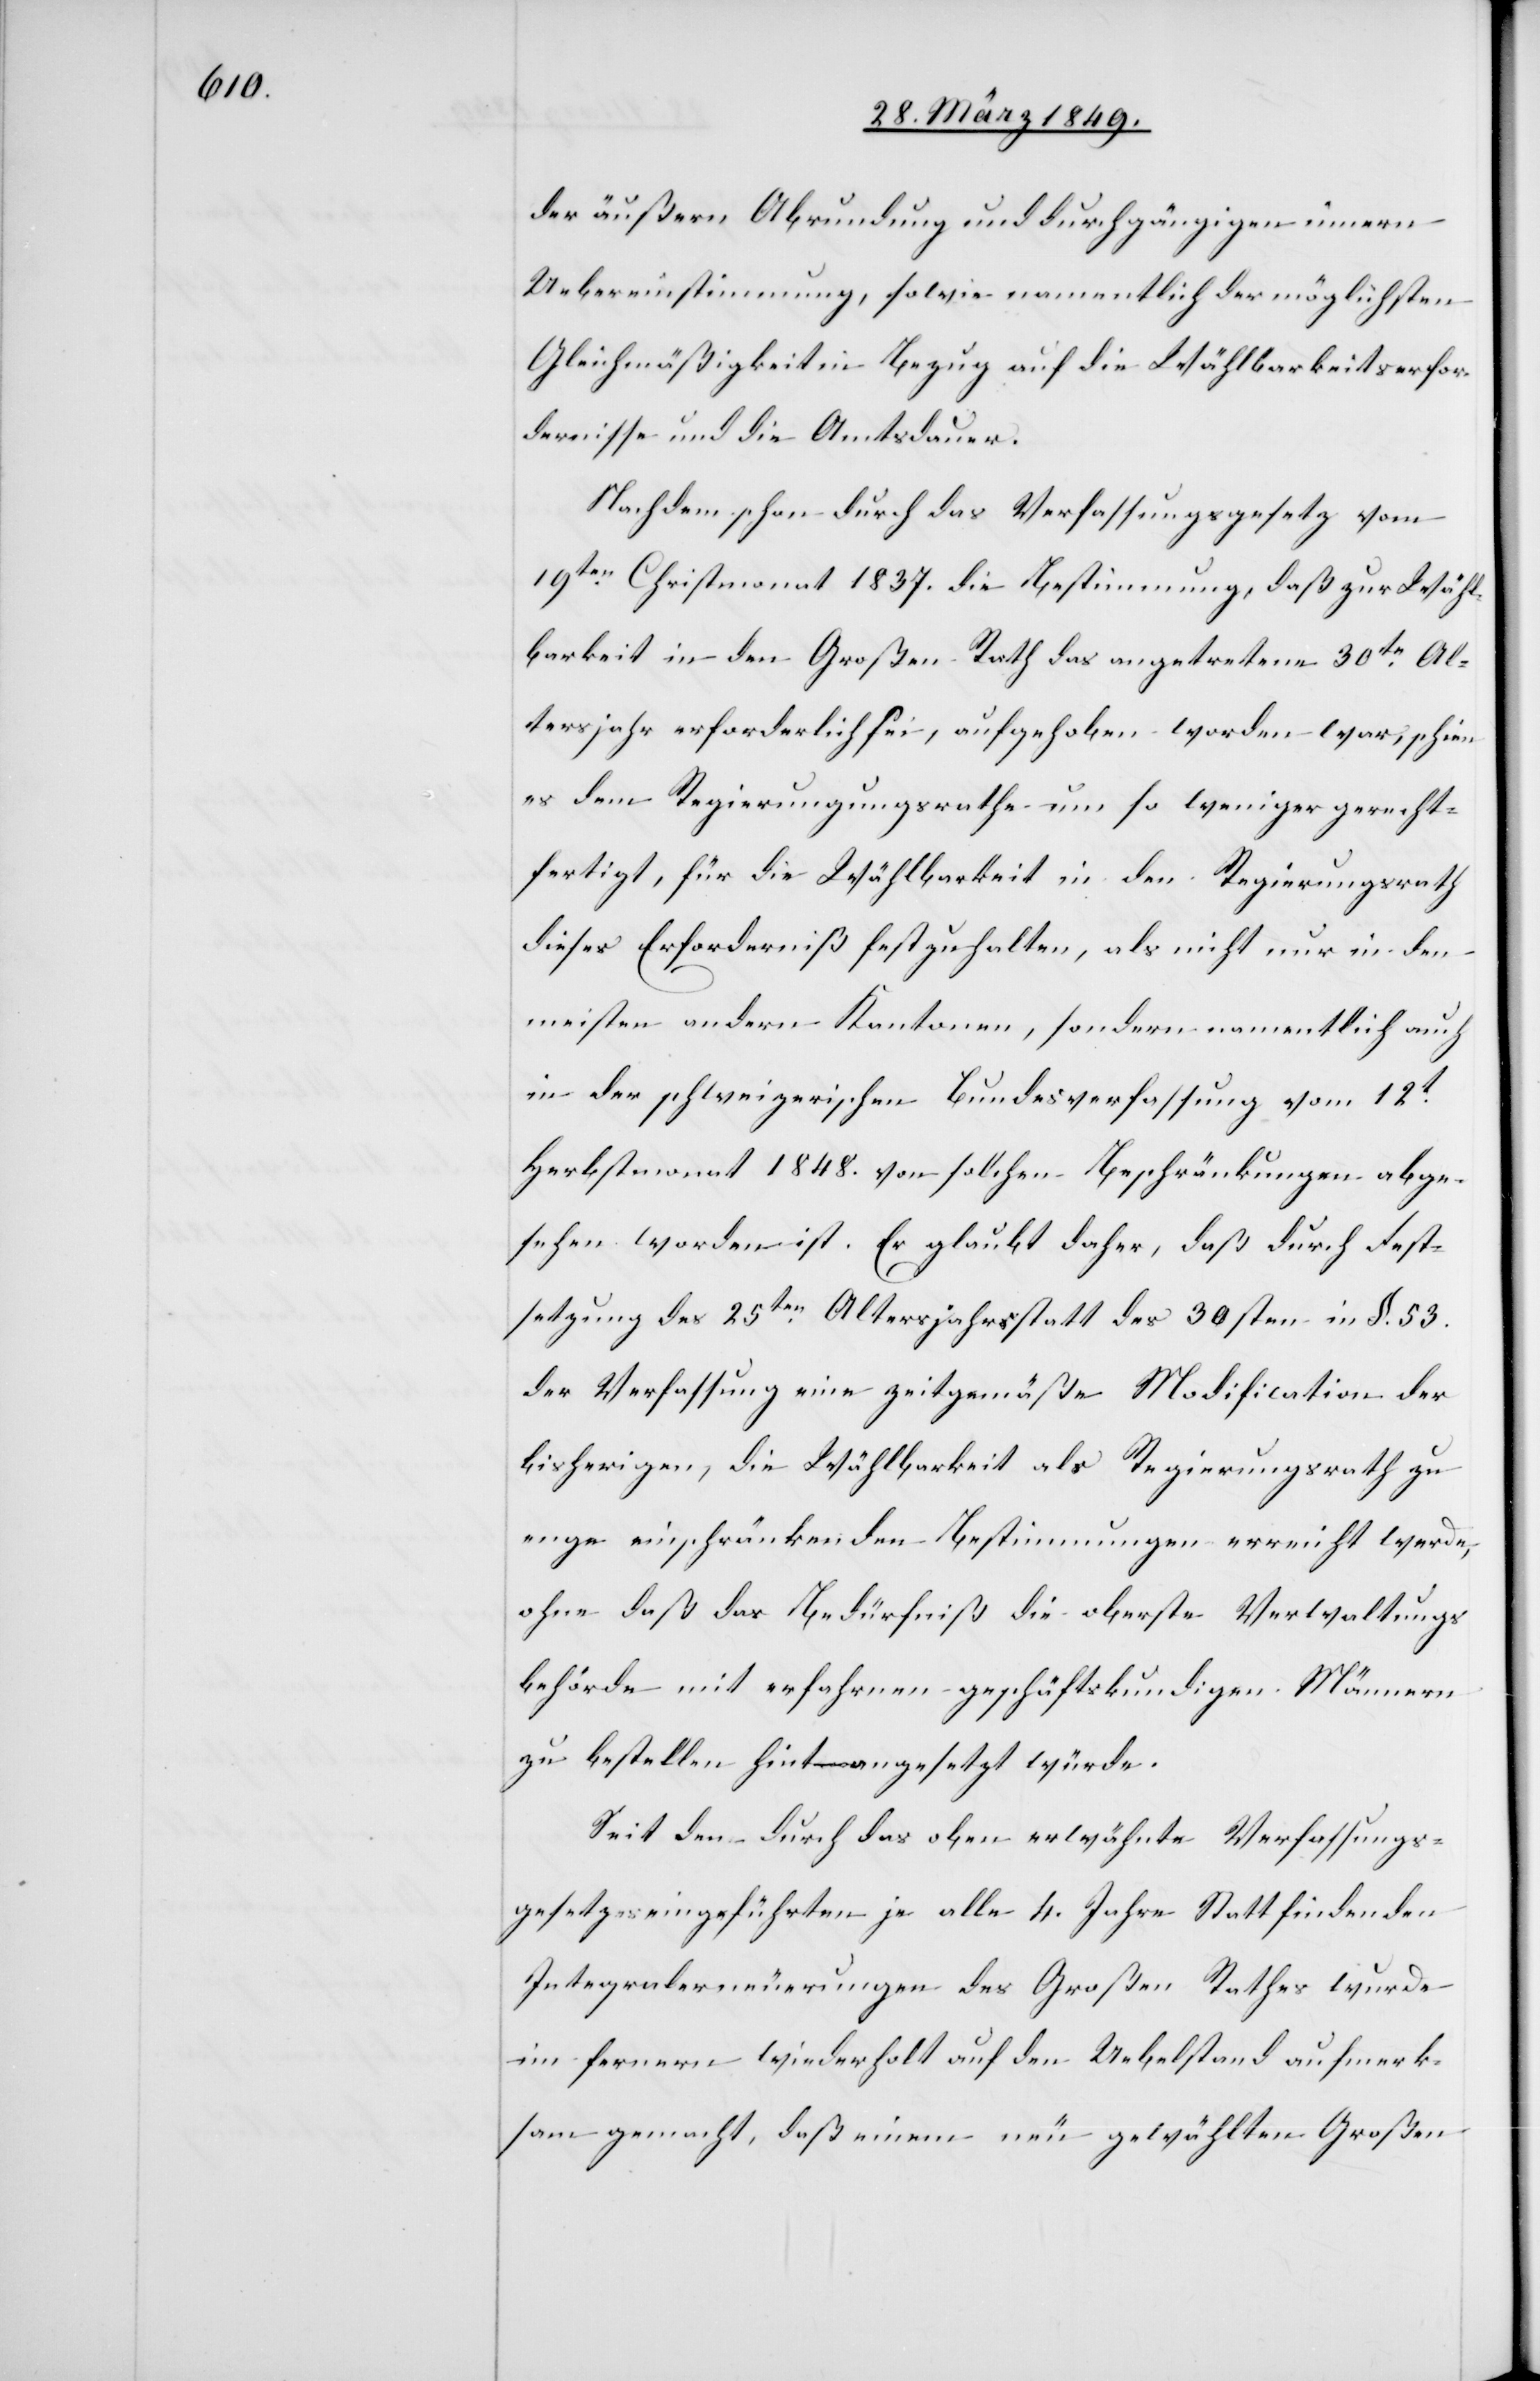
der äußern Abrundung und durchgängigen innern
Uebereinstimmung, sowie namentlich der möglichsten
Gleichmäßigkeit in Bezug auf die Wählbarkeitserfor¬
dernisse und die Amtsdauer.
Nachdem schon durch das Verfassungsgesetz vom
19ten. Christmonat 1837. die Bestimmung, daß zur Wähl¬
barkeit in den Großen Rath das angetretene 30te. Al¬
tersjahr erforderlich sei, aufgehoben worden war, schien
es dem Regierungsrathe um so weniger gerecht¬
fertigt, für die Wählbarkeit in den Regierungsrath
dieses Erforderniß festzuhalten, als nicht nur in den
meisten andern Kantonen, sondern namentlich auch
in der schweizerischen Bundesverfassung vom 12t.
Herbstmonat 1848. von solchen Beschränkungen abge¬
sehen worden ist. Er glaubt daher, daß durch Fest¬
setzung des 25ten. Altersjahrs statt des 30sten in §. 53.
der Verfassung eine zeitgemäße Modification der
bisherigen, die Wählbarkeit als Regierungsrath zu
enge einschränkenden Bestimmungen erreicht werde,
ohne daß das Bedürfniß die oberste Verwaltungs¬
behörde mit erfahrnen geschäftskundigen Männern
zu bestellen hintangesetzt würde.
Seit den durch das oben erwähnte Verfassungs¬
gesetz eingeführten je alle 4. Jahre Statt findenden
Integralerneuerungen des Großen Rathes wurde
im fernern wiederholt auf den Uebelstand aufmerk¬
sam gemacht, daß einem neu gewählten Großen